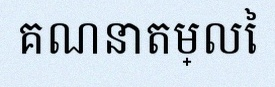
គណនាតម្លៃ